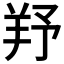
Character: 𦍗